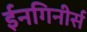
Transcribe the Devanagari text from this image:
ईनगिनीर्स